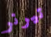
تيرنر